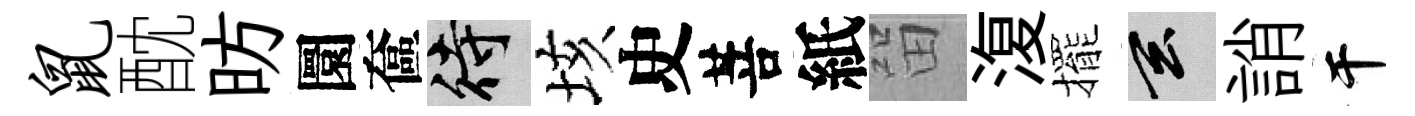
鼠酖昉圜奩待垓史菩紙㽞𣸪擺玄誚干